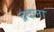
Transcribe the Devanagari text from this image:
द्रदला